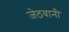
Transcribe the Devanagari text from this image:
जेठवानी